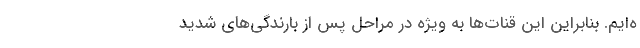
ه‌ایم. بنابراین این قنات‌ها به ویژه در مراحل پس از بارندگی‌های شدید